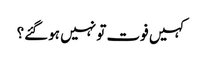
کہیں فوت تو نہیں ہوگئے؟